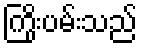
ကြိုးပမ်းသည်